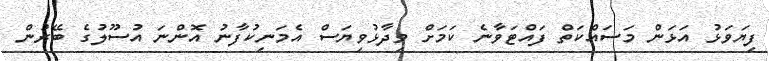
ފިޔަވަޅު އަޅަން މަސައްކަތް ފައްޓަވާނެ ކަމަށް ވިދާޅުވިޔަސް އެމަނިކުފާނު އޮންނަ އުސޫލުގެ ބޭރުން